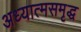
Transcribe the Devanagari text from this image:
अध्यात्मसमृद्ध